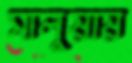
সালুয়ায়